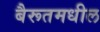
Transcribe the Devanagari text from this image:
बैरूतमधील